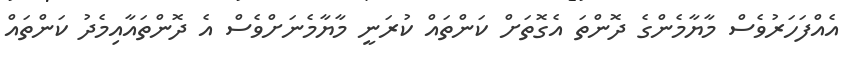
އެއްފަހަރުވެސް މާޔާމެންގެ ދޮންތަ އެގޮތަށް ކަންތައް ކުރަނީ މާޔާމެނަށްވެސް އެ ދޮންތައާއިމެދު ކަންތައް